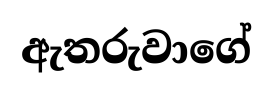
ඇතරුවාගේ